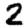
Digit: 2